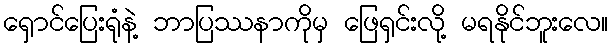
ရှောင်ပြေးရုံနဲ့ ဘာပြဿနာကိုမှ ဖြေရှင်းလို့ မရနိုင်ဘူးလေ။